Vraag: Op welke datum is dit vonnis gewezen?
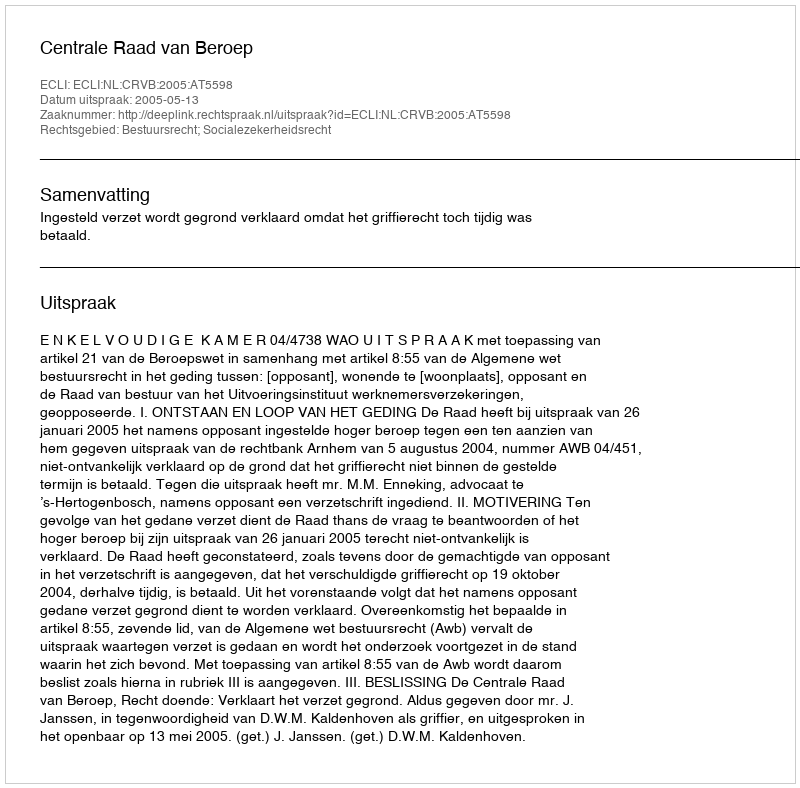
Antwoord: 2005-05-13